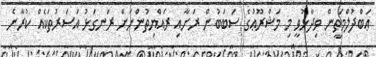
ޢަބްދުލްމަތީން ވިދާޅުވީ މި މަޝްރޫޢުގެ ސަބަބުން ރަށާއި ރައްޔިތުންނަށް ރަނގަޅު އަސަރުތަކެއް ކުރާނެ